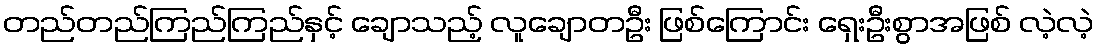
တည်တည်ကြည်ကြည်နှင့် ချောသည့် လူချောတဦး ဖြစ်ကြောင်း ရှေးဦးစွာအဖြစ် လဲ့လဲ့